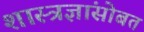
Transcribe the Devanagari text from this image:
शास्त्रज्ञांसोबत